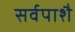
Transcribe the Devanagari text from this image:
सर्वपाशै